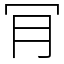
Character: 肎